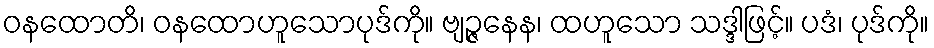
ဝနထောတိ၊ ဝနထောဟူသောပုဒ်ကို။ ဗျဉ္ဇနေန၊ ထဟူသော သဒ္ဒါဖြင့်။ ပဒံ၊ ပုဒ်ကို။